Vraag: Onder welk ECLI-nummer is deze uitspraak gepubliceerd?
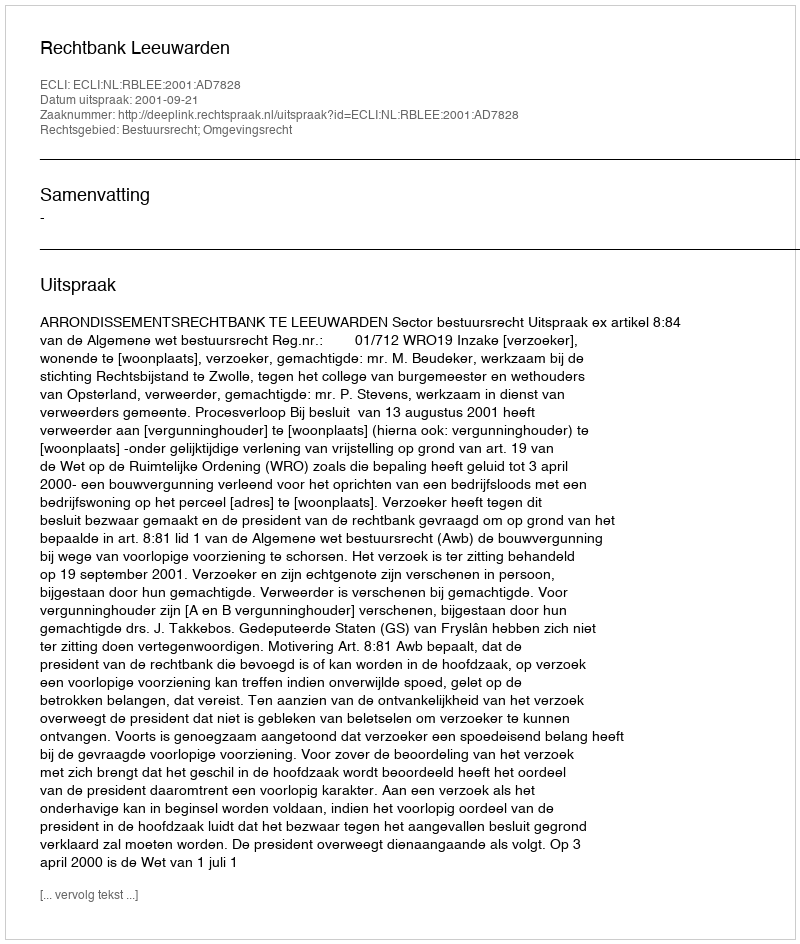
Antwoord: ECLI:NL:RBLEE:2001:AD7828